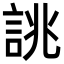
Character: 誂